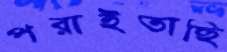
পরাইতাছি